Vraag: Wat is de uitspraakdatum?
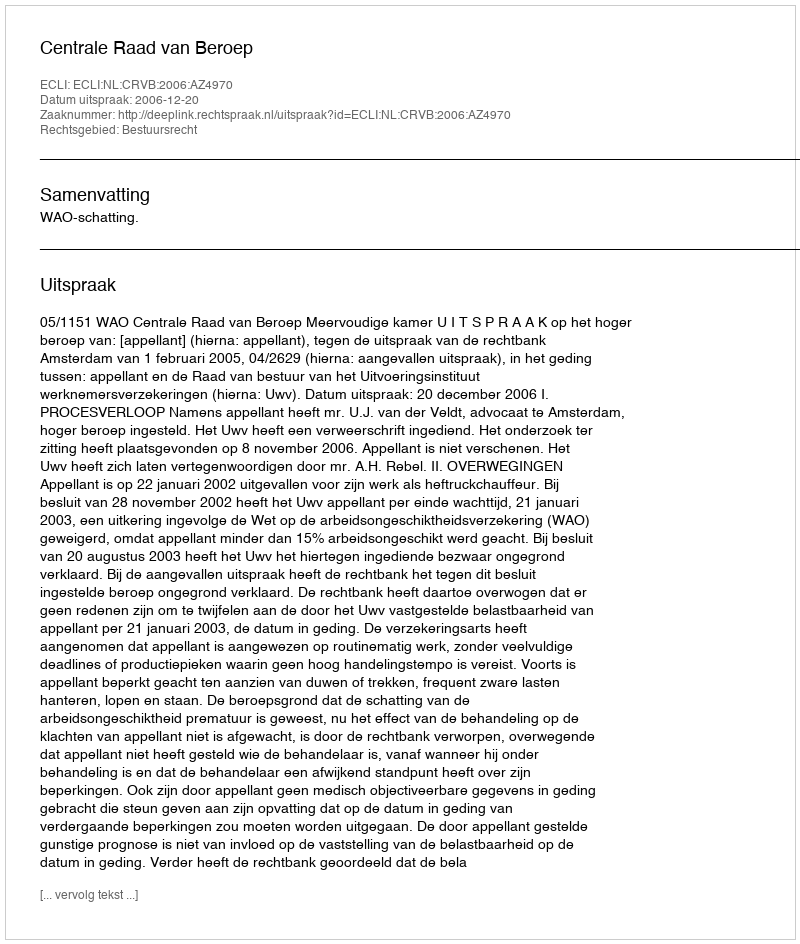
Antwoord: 2006-12-20